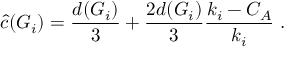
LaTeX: \hat { c } ( G _ { i } ) = \frac { d ( G _ { i } ) } { 3 } + \frac { 2 d ( G _ { i } ) } { 3 } \frac { k _ { i } - C _ { A } } { k _ { i } } ~ .